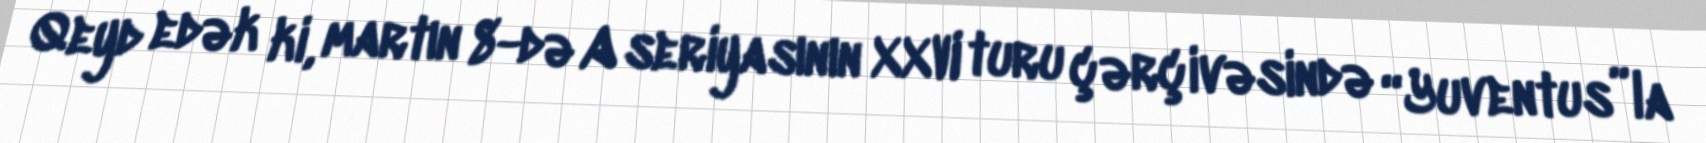
Qeyd edək ki, martın 8-də A seriyasının XXVI turu çərçivəsində “Yuventus”la